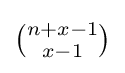
{\tbinom {n+x-1}{x-1}}